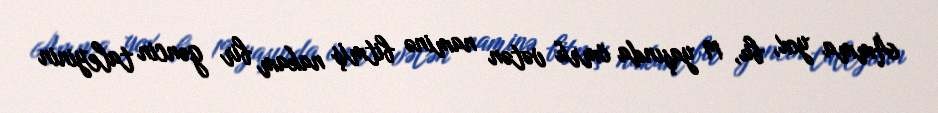
Amma yox, bu, 19 yaşında ömrü vətən naminə bitmiş nakam bir gəncin taleyinin